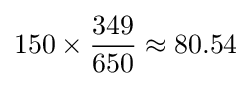
150\times {\frac {349}{650}}\approx 80.54